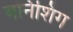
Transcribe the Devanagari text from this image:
बर्निशिंग